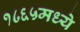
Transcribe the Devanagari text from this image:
१८६५मध्ये